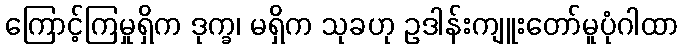
ကြောင့်ကြမှုရှိက ဒုက္ခ၊ မရှိက သုခဟု ဥဒါန်းကျူးတော်မူပုံဂါထာ